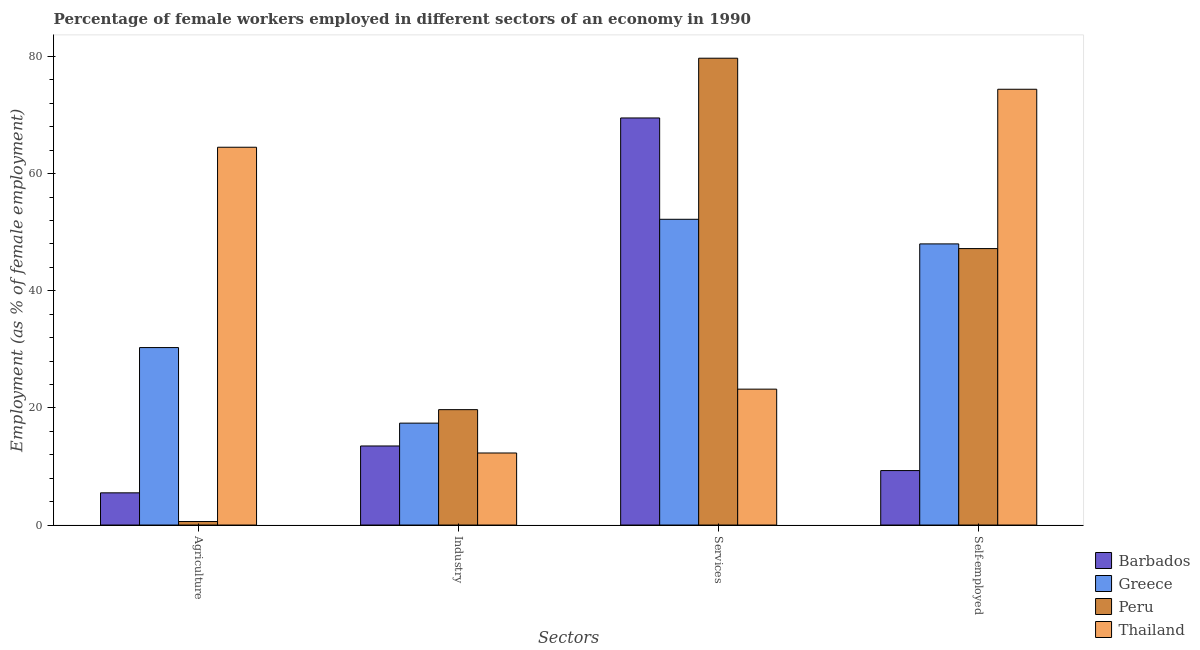
| Sectors | Barbados | Greece | Peru | Thailand |
 | --- | --- | --- | --- | --- |
 | Agriculture | 5.5 | 30.3 | 0.6 | 64.5 |
 | Industry | 13.5 | 17.4 | 19.7 | 12.3 |
 | Services | 69.5 | 52.2 | 79.7 | 23.2 |
 | Self-employed | 9.3 | 48 | 47.2 | 74.4 |